Civil Veterinary Dept. Assam report 1927-50 - 1927-1950
Year: 1927
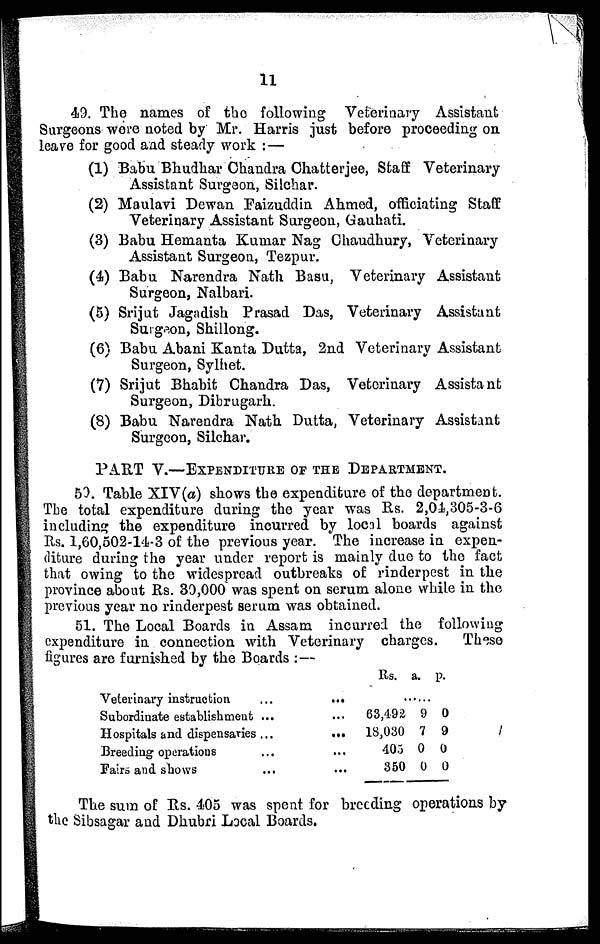
11
49. The names of the following Veterinary Assistant
Surgeons wore noted by Mr. Harris just before proceeding on
leave for good and steady work : —
(1) Babu Bhudhar Chandra Chatterjee, Staff Veterinary
Assistant Surgeon, Silchar.
(2) Maulavi Dewan Faizuddin Ahmed, officiating Staff
Veterinary Assistant Surgeon, Gauhati.
(3) Babu Hemanta Kumar Nag Chaudhury, Veterinary
Assistant Surgeon, Tezpur.
(4) Babu Narendra Nath Basu, Veterinary Assistant
Surgeon, Nalbari.
(5) Srijut Jagadish Prasad Das, Veterinary Assistant
Surgeon, Shillong.
(6) Babu Abani Kanta Dutta, 2nd Veterinary Assistant
Surgeon, Sylhet.
(7) Srijut Bhabit Chandra Das, Veterinary Assistant
Surgeon, Dibrugarh.
(8) Babu Narendra Nath Dutta, Veterinary Assistant
Surgeon, Silchar.
PART V.—EXPENDITURE OF THE DEPARTMENT.
50. Table XIV(a) shows the expenditure of the department.
The total expenditure during the year was Rs. 2,01,305-3-6
including the expenditure incurred by local boards against
Rs. 1,60,502-14-3 of the previous year. The increase in expen-
diture during the year under report is mainly due to the fact
that owing to the widespread outbreaks of rinderpest in the
province about Rs. 30,000 was spent on serum alone while in the
previous year no rinderpest serum was obtained.
51. The Local Boards in Assam incurred the following
expenditure in connection with Veterinary charges.
These
figures are furnished by the Boards :—
Veterinary instruction
Subordinate establishment
Hospitals and dispensaries
Breeding operations
Fairs and shows
...
...
...
...
...
...
...
...
...
...
Rs. a. p.
......
63,492
18,030
403
350
9
7
0
0
0
9
0
0
The sum of Rs. 405 was spent for breeding operations by
the Sibsagar and Dhubri Local Boards.